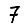
Digit: 7